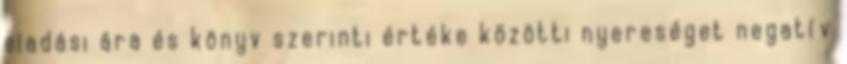
eladási ára és könyv szerinti értéke közötti nyereséget negatív